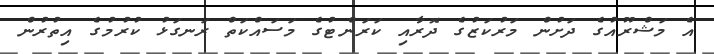
އެ މަޝްރޫއުގެ ދަށުން މަރުކަޒުގެ ދޮރާއި ކަރަންޓުގެ މަސައްކަތް ރަނގަޅު ކުރުމުގެ އިތުރުން